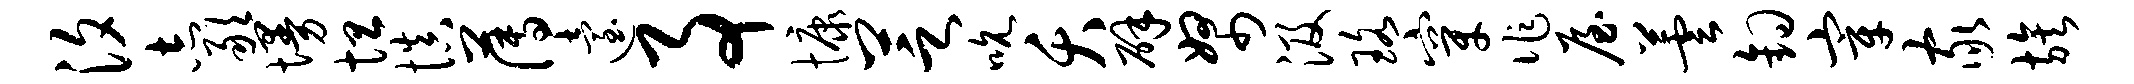
汐志敢墁坦慎薄迨事慷芝吮夭辟帑汲珞穿作屋芸钩宰家族